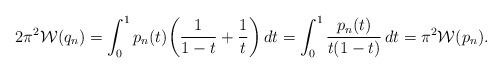
LaTeX: \begin{align*}2\pi^2 \mathcal W(q_n)= \int_0^1 p_n(t)\biggl(\frac{1}{1-t}+ \frac{1}{t} \biggr)\, dt= \int_0^1 \frac{p_n(t)}{t(1-t)}\, dt= \pi^2\mathcal W(p_n).\end{align*}